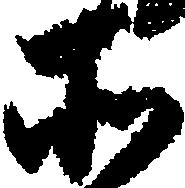
そ